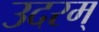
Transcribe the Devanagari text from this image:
उदरम्